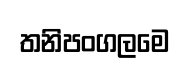
තනිපංගලමෙ